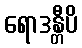
ရောဒန္တီပိ